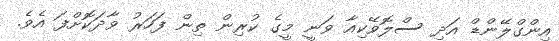
އިންގްލޭންޑް އަދި ސްލޮވޭކިއާ ވަނީ މީގެ ކުރިން ތިން ފަހަރު ވާދަކޮށްފަ އެވެ.